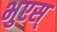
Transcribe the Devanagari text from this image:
भुएस्‌